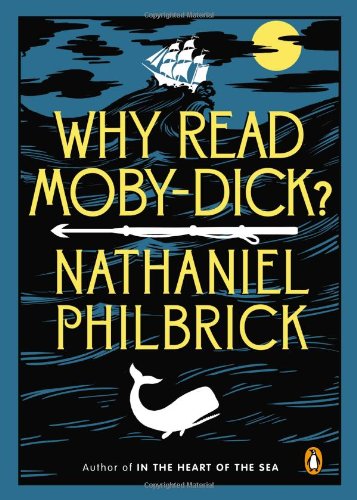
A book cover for Why Read Moby-Dick?; Nathaniel Philbrick; Literature & Fiction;